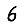
Digit: 6